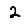
Digit: 2